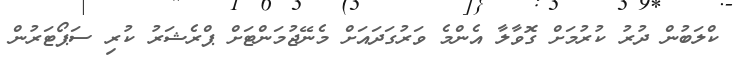
ކްލަބުން ދުރު ކުރުމަށް ގޮވާލާ އެންމެ ވަރުގަދައަށް މެނޭޖުމަންޓަށް ޕްރެޝަރު ކުރި ސަޕޯޓަރުން